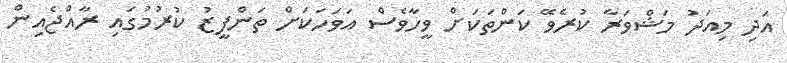
އަދި މިއަދު މަޝްވަރާ ކުރެވޭ ކަންތަކަށް ވީހާވެސް އަވަހަކަށް ތަންފީޒު ކުރުމުގައި ރާއްޖެއިން